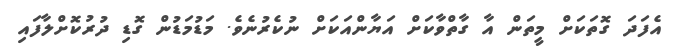
އެފަދަ ގޮތަކަށް މީތަން އާ ގާތްވާކަށް އަޔާންއަކަށް ނުކެރުނެވެ. މަޑުމަޑުން ގޮޑި ދުރުކޮށްލާފައި